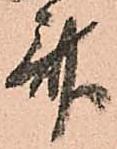
斎